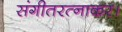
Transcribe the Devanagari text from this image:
संगीतरत्नाकर।